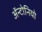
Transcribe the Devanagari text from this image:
ॲन्टोनियो